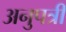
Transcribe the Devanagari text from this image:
अनुपत्री